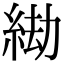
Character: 𦀖